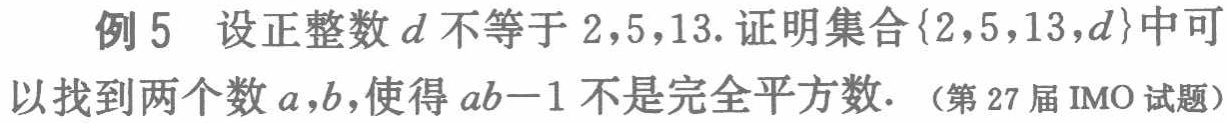
例5 设正整数\(d\)不等于\(2,5,13\). 证明集合\(\{2,5,13,d\}\)中可以找到两个数\(a,b\)，使得\(ab - 1\)不是完全平方数. （第27届IMO试题）